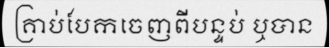
គ្រាប់បែកចេញពីបន្ទប់ ឬបាន